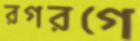
রগরগে